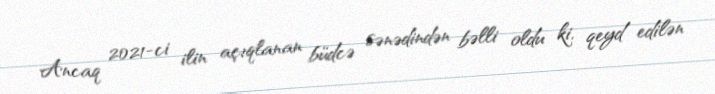
Ancaq 2021-ci ilin açıqlanan büdcə sənədindən bəlli oldu ki, qeyd edilən